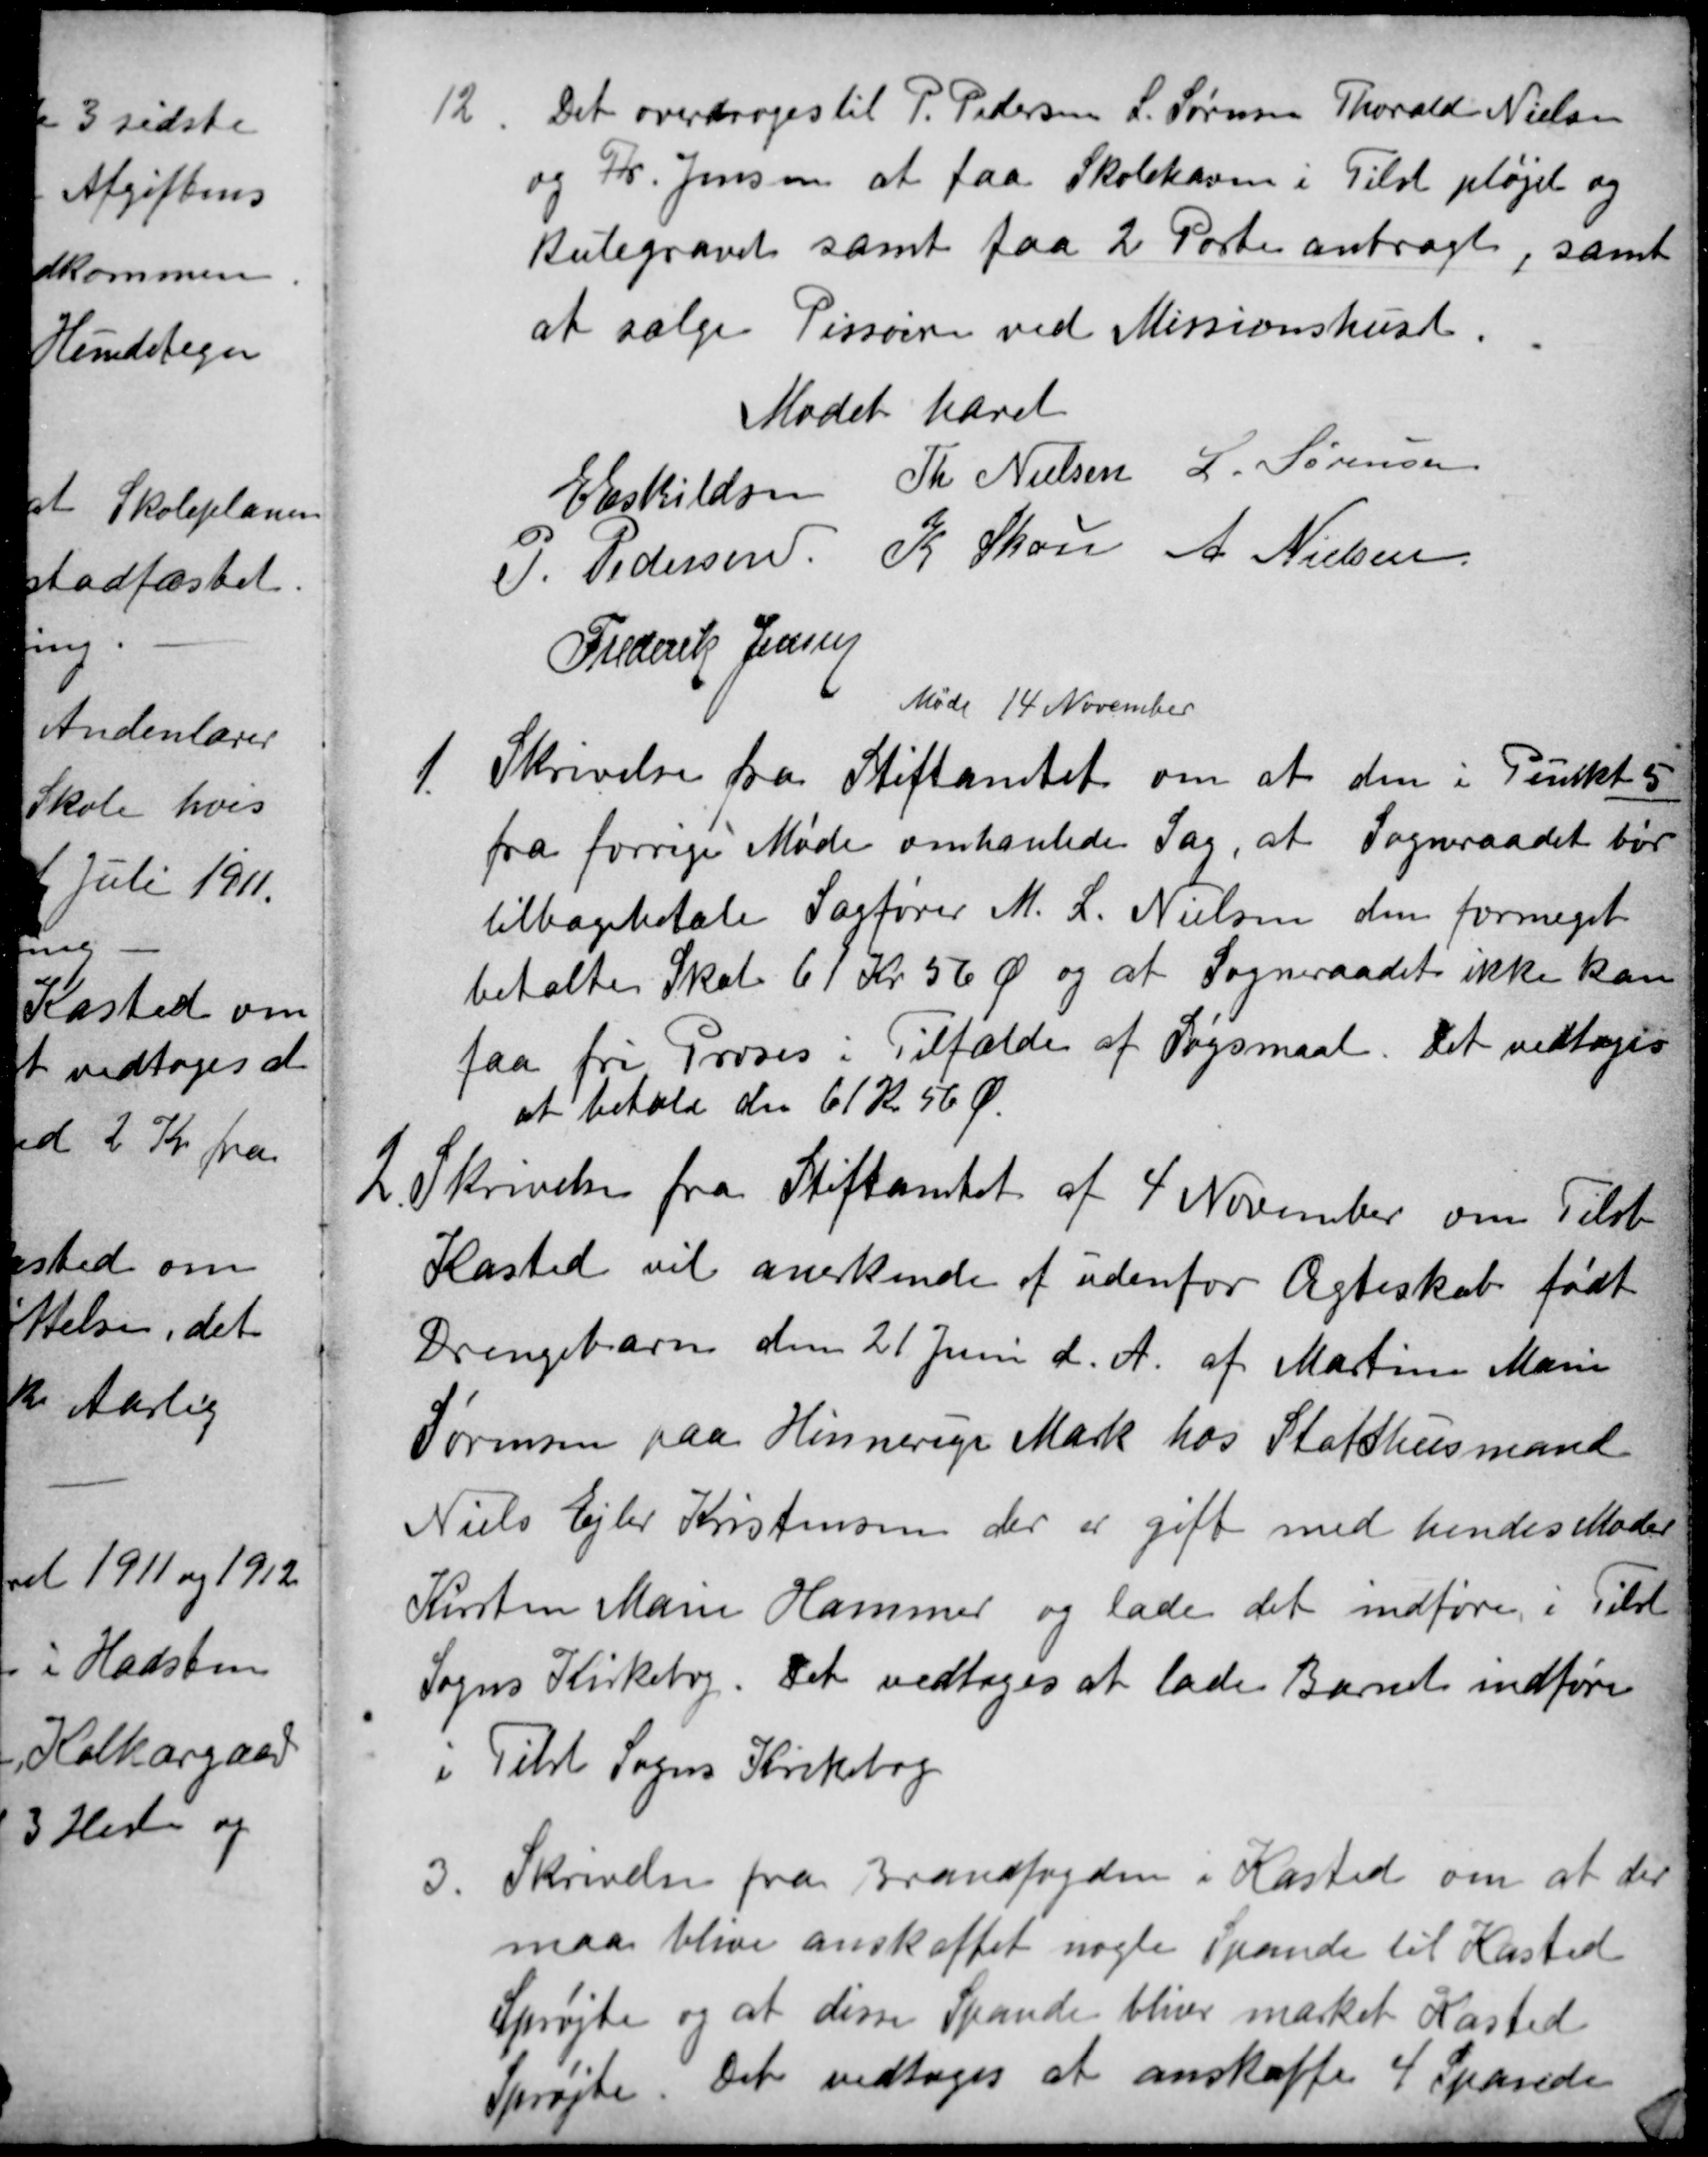
Transskription:
12
Det overdroges til P. Pedersen L. Sørensen Thorald Nielsen
og Fr. Jensen at faa Skolehaven i Tilst pløjet og
Kulegravet samt faa 2 Porte anbragt, samt
at sælge Pissoiren ved Missionshuset.
Mødet hævet
E Eskildsen
Th Nielsen
L. Sørensen
P. Pedersen
K Skou
A Nielsen
Frederik Jensen
Møde 14 November
1
Skrivelse fra Stiftamtet om at den i Punkt 5
fra forrige Møde omhanlede Sag, at Sogneraadet bør
tilbagebetale Sagfører M. L. Nielsen den formeget
betalte Skat 61 Kr. 56 Ø og at Sogneraadet ikke kan
faa fri Proses i Tilfælde af Søgsmaal. Det vedtoges
at betale de 61 Kr 56 Ø.
2. Skrivelse fra Stiftamtet af 4 November om Tilst
Kasted vil anerkende et udenfor Ægteskab født
Drengebarn den 21 Juni d. A. af Martine Marie
Sørensen paa Hinnerup Mark hos Statshusmand
Niels Ejler Kristensen der er gift med hendes Moder
Kirsten Marie Hammer og lade det indføre i Tilst
Sogns Kirkebog. Det vedtoges at lade Barnet indføre
i Tilst Sogns Kirkebog
3
Skrivelse fra Brandfogden i Kasted om at der
maa blive anskaffet nogle Spande til Kasted
Sprøjte og at disse Spande bliver mærket Kasted
Sprøjte. Det vedtoges at anskaffe 4 Spande